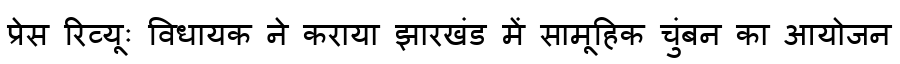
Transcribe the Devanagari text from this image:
प्रेस रिव्यूः विधायक ने कराया झारखंड में सामूहिक चुंबन का आयोजन